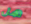
هل